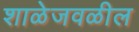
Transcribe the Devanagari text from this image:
शाळेजवळील